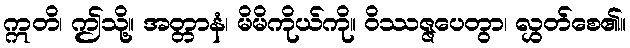
ဣတိ၊ ဤသို့။ အတ္တာနံ၊ မိမိကိုယ်ကို။ ဝိဿဇ္ဇပေတွာ၊ လွှတ်စေ၏။